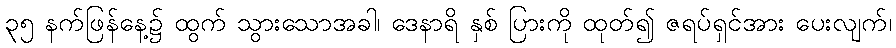
၃၅ နက်ဖြန်နေ့၌ ထွက် သွားသောအခါ၊ ဒေနာရိ နှစ် ပြားကို ထုတ်၍ ဇရပ်ရှင်အား ပေးလျက်၊